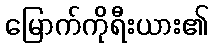
မြောက်ကိုရီးယား၏